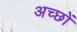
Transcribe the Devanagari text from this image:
अच्छों